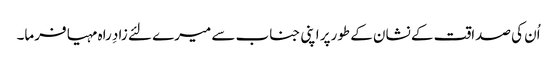
اُن کی صداقت کے نشان کے طورپر اپنی جناب سے میرے لئے زادِ راہ مہیا فرما۔